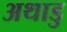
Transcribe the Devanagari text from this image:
अथाडु